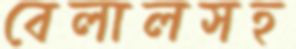
বেলালসহ